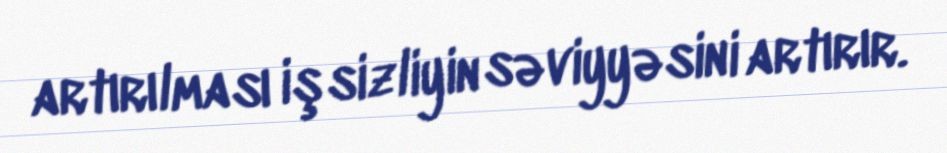
artırılması işsizliyin səviyyəsini artırır.